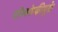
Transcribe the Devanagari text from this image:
बॉम्बफेकीमुळे